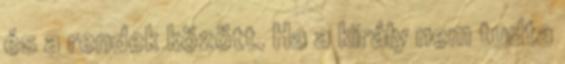
és a rendek között. Ha a király nem tudta